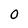
Character: 0